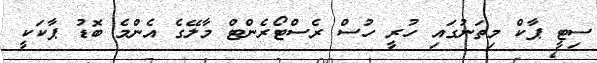
ސިޓީ ޕާކް މިތަނުގައި ހުރީ ހުސް ރެސްޓޯރެންޓް މާލޭގެ އެންމެ ބޮޑު ޕާކަކީ